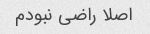
اصلا راضی نبودم